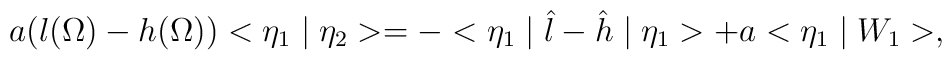
a(l(\Omega)-h(\Omega))<\eta_1 \mid \eta_2 > =-<\eta_1 \mid \hat{l}-\hat{h} \mid \eta_1 > + a <\eta_1 \mid W_1 >,